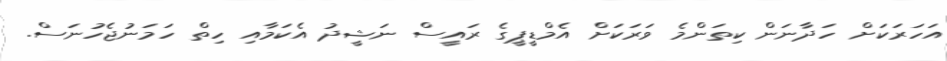
އަހަރަކަށް ހަދާނަން ކިތަންމެ ވަރަކަށް އެމްޑީޕީގެ ރައީސް ނަޝީދު އެކަމާއި ހިތް ހަމަނުޖެހުނަސް.